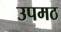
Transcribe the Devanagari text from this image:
उपमठ